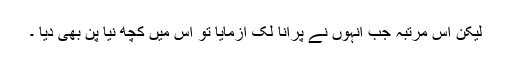
لیکن اس مرتبہ جب انہوں نے پرانا لک آزمایا تو اس میں کچھ نیا پن بھی دیا ۔